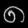
Digit: ၈